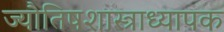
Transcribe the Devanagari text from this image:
ज्यौतिषशास्त्राध्यापक